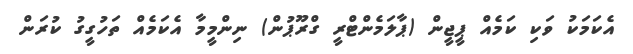
އެކަމަކު ވަކި ކަމެއް ޕީޖީން (ޕާލަމެންޓްރީ ގްރޫޕުން) ނިންމީމާ އެކަމެއް ތަހުގީގު ކުރަން